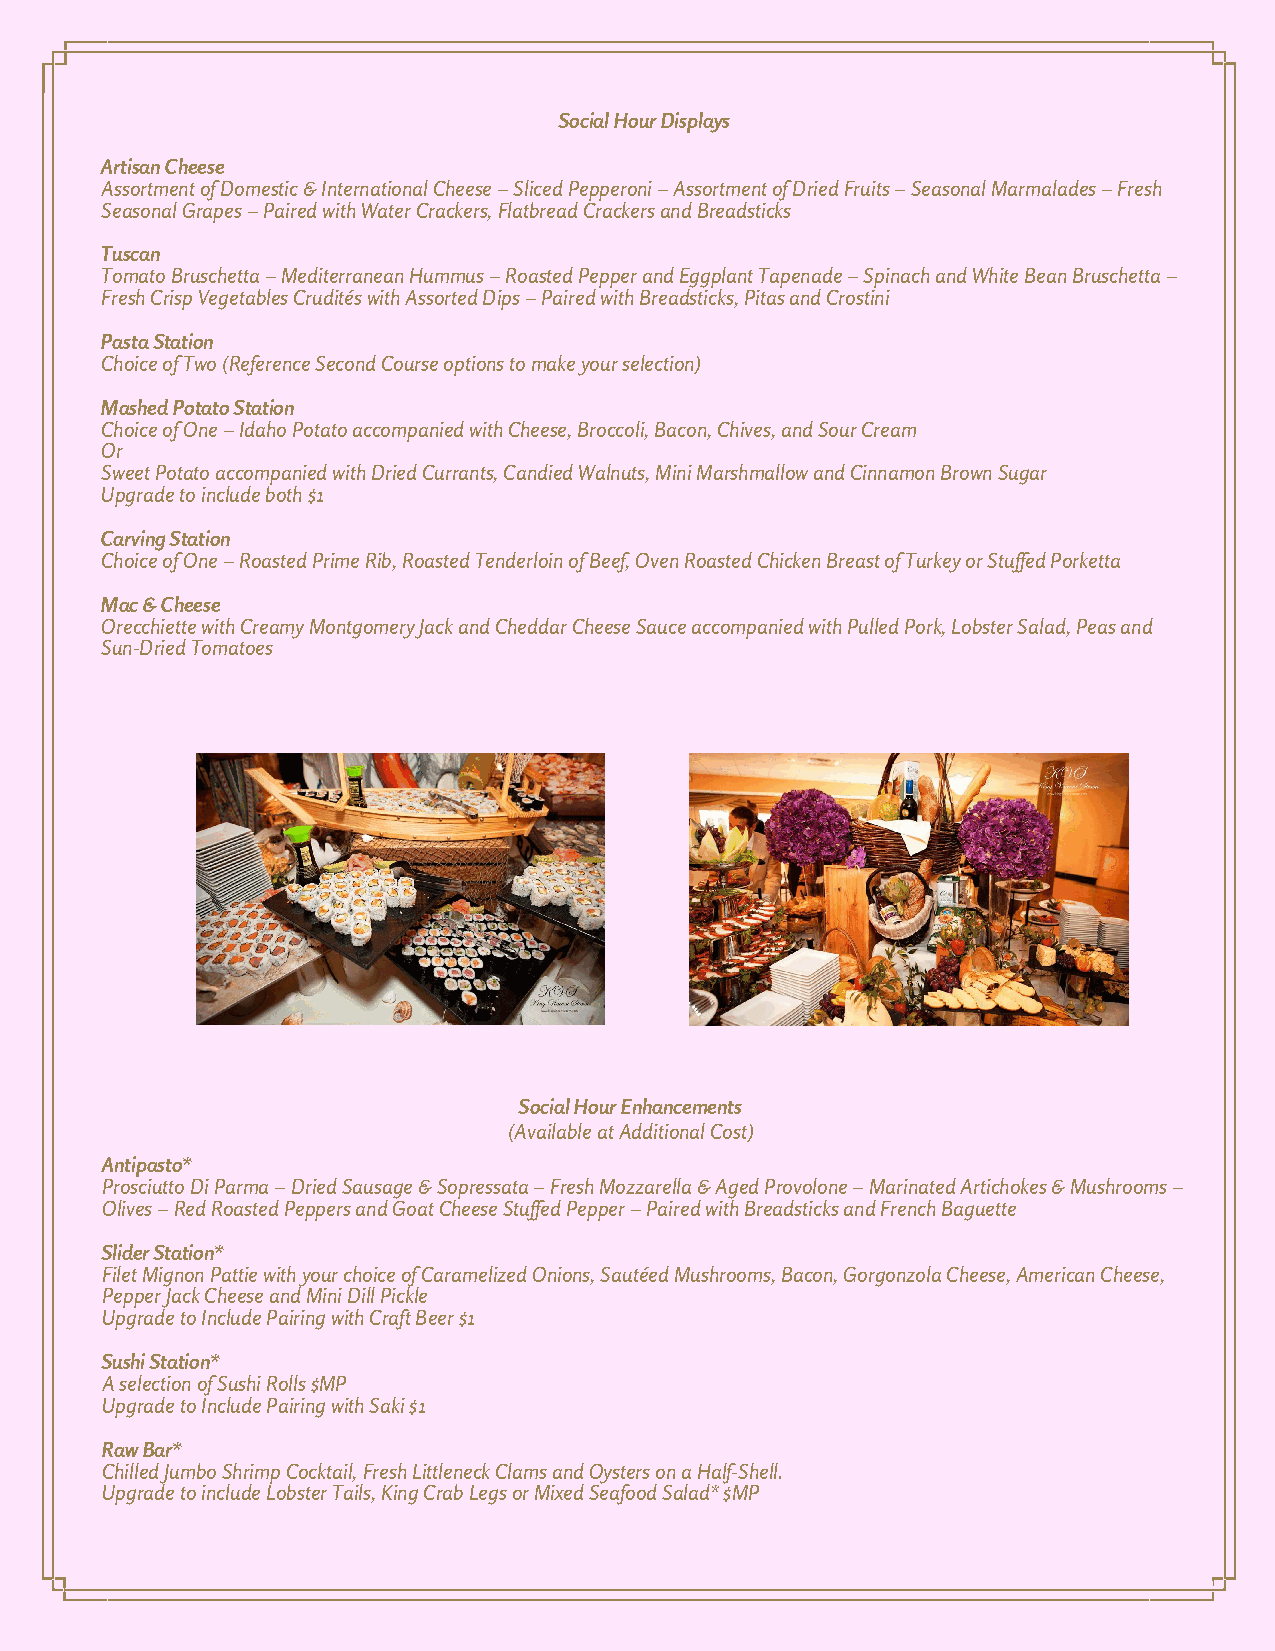
Social Hour Displays
 Artisan Cheese
 Assortment of Domestic & International Cheese – Sliced Pepperoni – Assortment of Dried Fruits – Seasonal Marmalades – Fresh
 Seasonal Grapes – Paired with Water Crackers, Flatbread Crackers and Breadsticks
 Tuscan
 Tomato Bruschetta – Mediterranean Hummus – Roasted Pepper and Eggplant Tapenade – Spinach and White Bean Bruschetta –
 Fresh Crisp Vegetables Crudités with Assorted Dips – Paired with Breadsticks, Pitas and Crostini
 Pasta Station
 Choice of Two (Reference Second Course options to make your selection)
 Mashed Potato Station
 Choice of One – Idaho Potato accompanied with Cheese, Broccoli, Bacon, Chives, and Sour Cream
 Or
 Sweet Potato accompanied with Dried Currants, Candied Walnuts, Mini Marshmallow and Cinnamon Brown Sugar
 Upgrade to include both $1
 Carving Station
 Choice of One – Roasted Prime Rib, Roasted Tenderloin of Beef, Oven Roasted Chicken Breast of Turkey or Stuffed Porketta
 Mac & Cheese
 Orecchiette with Creamy Montgomery Jack and Cheddar Cheese Sauce accompanied with Pulled Pork, Lobster Salad, Peas and
 Sun-Dried Tomatoes
 Social Hour Enhancements
 (Available at Additional Cost)
 Antipasto*
 Prosciutto Di Parma – Dried Sausage & Sopressata – Fresh Mozzarella & Aged Provolone – Marinated Artichokes & Mushrooms –
 Olives – Red Roasted Peppers and Goat Cheese Stuffed Pepper – Paired with Breadsticks and French Baguette
 Slider Station*
 Filet Mignon Pattie with your choice of Caramelized Onions, Sautéed Mushrooms, Bacon, Gorgonzola Cheese, American Cheese,
 Pepper Jack Cheese and Mini Dill Pickle
 Upgrade to Include Pairing with Craft Beer $1
 Sushi Station*
 A selection of Sushi Rolls $MP
 Upgrade to Include Pairing with Saki $1
 Raw Bar*
 Chilled Jumbo Shrimp Cocktail, Fresh Littleneck Clams and Oysters on a Half-Shell.
 Upgrade to include Lobster Tails, King Crab Legs or Mixed Seafood Salad* $MP